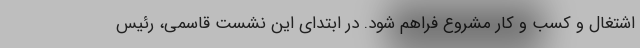
اشتغال و کسب و کار مشروع فراهم شود. در ابتدای این نشست قاسمی، رئیس